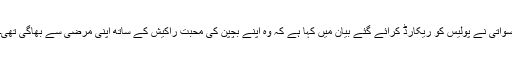
سواتی نے پولیس کو ریکارڈ کرائے گئے بیان میں کہا ہے کہ وہ اپنے بچپن کی محبت راکیش کے ساتھ اپنی مرضی سے بھاگی تھی۔